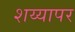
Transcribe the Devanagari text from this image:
शय्यापर